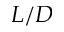
L / D